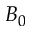
B _ { 0 }